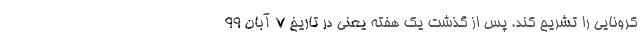
کرونایی را تشریح کند. پس از گذشت یک هفته یعنی در تاریخ 7 آبان 99